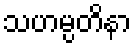
သဟမ္ပတိနာ